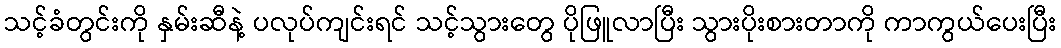
သင့်ခံတွင်းကို နှမ်းဆီနဲ့ ပလုပ်ကျင်းရင် သင့်သွားတွေ ပိုဖြူလာပြီး သွားပိုးစားတာကို ကာကွယ်ပေးပြီး